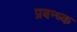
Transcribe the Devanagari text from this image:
प्रबन्ध्क